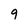
Character: 9